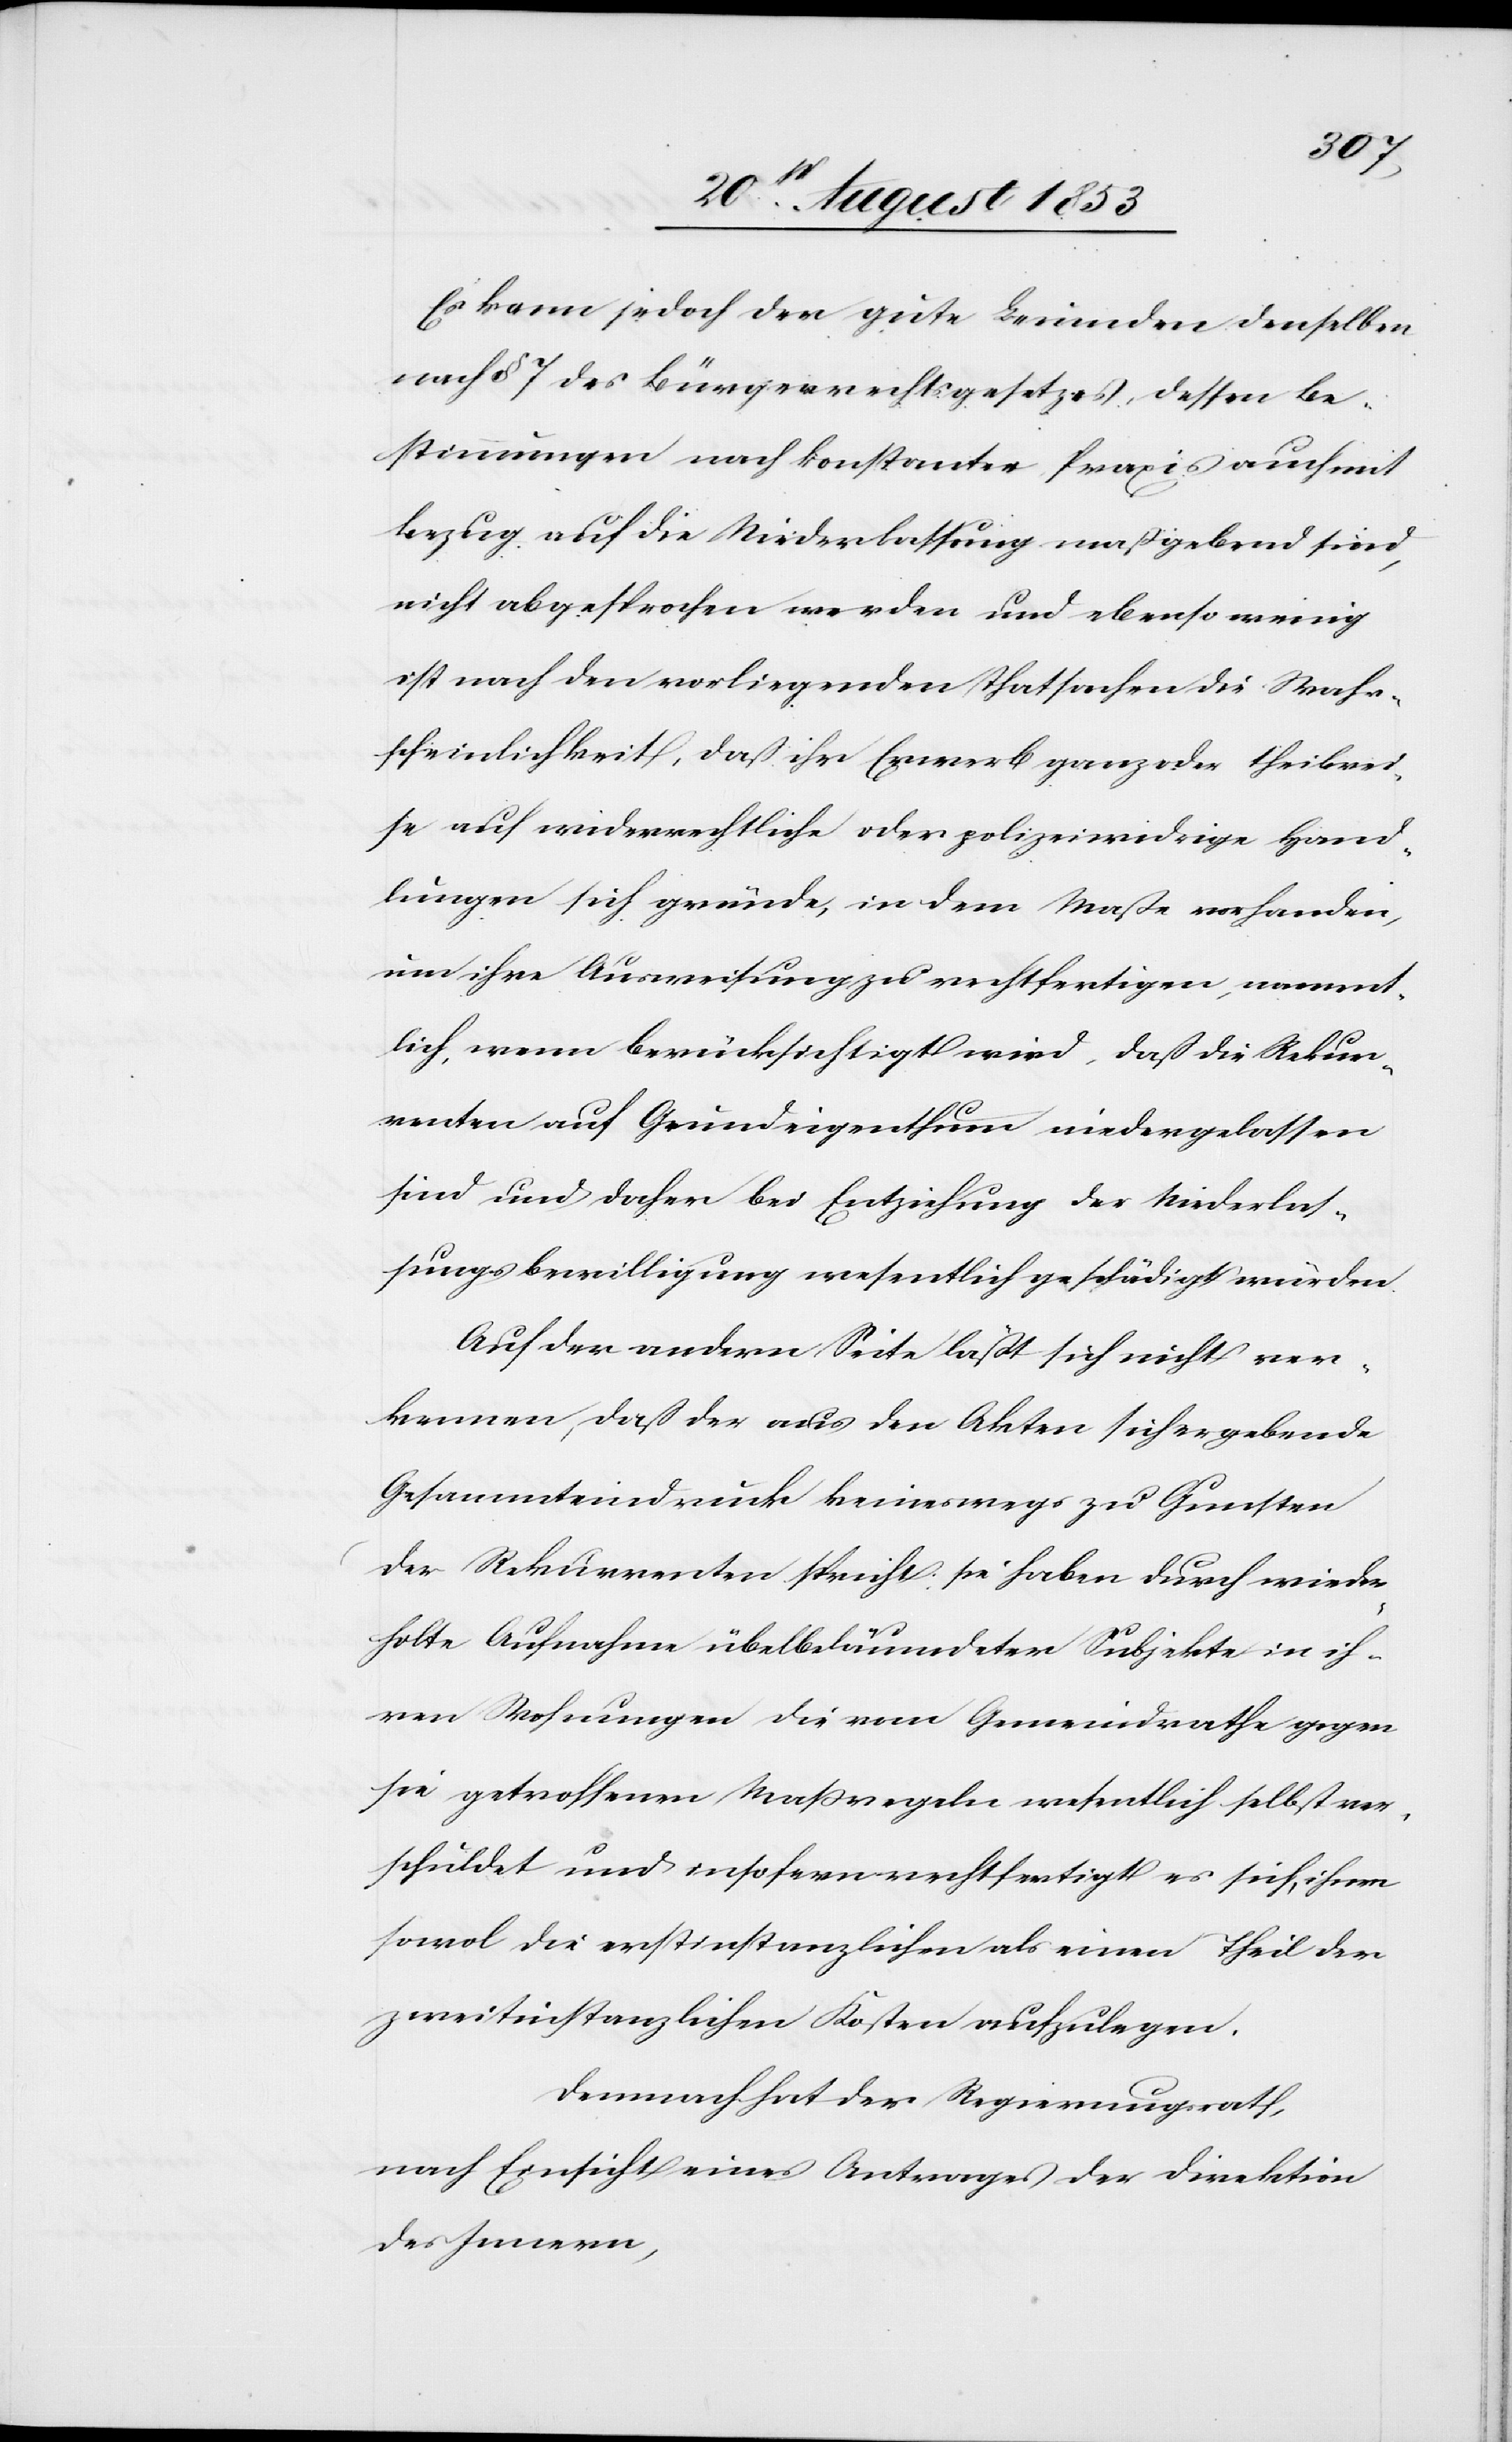
Es kann jedoch der gute Leumden denselben
nach § 7 des Bürgerrechtsgesetzes, dessen Be¬
stimmungen nach konstanter Praxis auch mit
Bezug auf die Niederlassung maßgebend sind,
nicht abgesprochen werden und ebenso wenig
ist nach den vorliegenden Thatsachen die Wahr¬
scheinlichkeit, daß ihr Erwerb ganz oder theilwei¬
se auf widerrechtliche oder polizeiwidrige Hand¬
lungen sich gründe, in dem Maße vorhanden,
um ihre Ausweisung zu rechtfertigen, nament¬
lich, wenn berücksichtigt wird, daß die Rekur¬
renten auf Grundeigenthum niedergelassen
sind und daher bei Entziehung der Niederlaß¬
ungsbewilligung wesentlich geschädigt würden.
Auf der andern Seite läßt sich nicht ver¬
kennen, daß der aus den Akten sich ergebende
Gesammteindruck keineswegs zu Gunsten
der Rekurrenten spricht: sie haben durch wieder¬
holte Aufnahme überbeläumdeter Subjekte in ih¬
ren Wohnungen die vom Gemeindrathe gegen
sie getroffenen Maßregeln wesentlich selbst ver¬
schuldet und insofern rechtfertigt es sich, ihnen
sowol die erstinstanzlichen als einen Theil der
zweitinstanzlichen Kosten aufzulegen.
Demnach hat der Regierungsrath,
nach Einsicht eines Antrages der Direktion
des Innern,